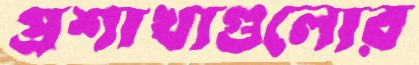
প্রশাখাগুলোর